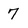
Character: 7